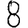
Digit: 8